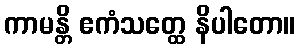
ကာမန္တိ ဧကံသတ္ထေ နိပါတော။